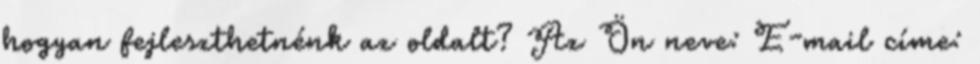
hogyan fejleszthetnénk az oldalt? Az Ön neve: E-mail címe: